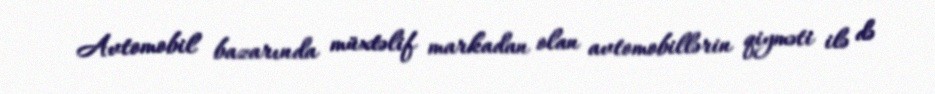
Avtomobil bazarında müxtəlif markadan olan avtomobillərin qiyməti ilə də